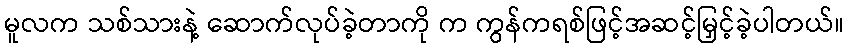
မူလက သစ်သားနဲ့ ဆောက်လုပ်ခဲ့တာကို က ကွန်ကရစ်ဖြင့်အဆင့်မြှင့်ခဲ့ပါတယ်။